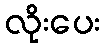
လိုးပေး